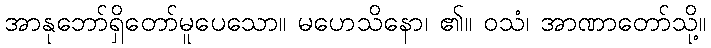
အာနုဘော်ရှိတော်မူပေသော။ မဟေသိနော၊ ၏။ ဝသံ၊ အာဏာတော်သို့။